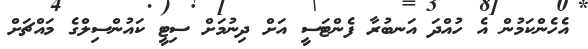
އެހެންކަމުން އެ ހުއްދަ އަނބުރާ ފެންޓަސީ އަށް ދިނުމަށް ސިޓީ ކައުންސިލްގެ މައްޗަށް